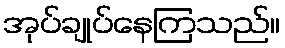
အုပ်ချုပ်နေကြသည်။